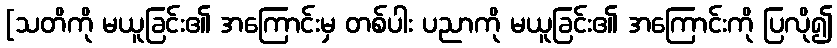
[သတိကို မယူခြင်း၏ အကြောင်းမှ တစ်ပါး ပညာကို မယူခြင်း၏ အကြောင်းကို ပြလို၍